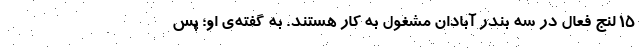
۱۵ لنج فعال در سه بندر آبادان مشغول به کار هستند. به گفته‌ی او؛ پس